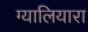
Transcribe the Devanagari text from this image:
ग्यालियारा